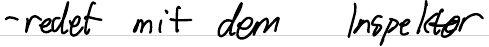
- redet mit dem Inspektor